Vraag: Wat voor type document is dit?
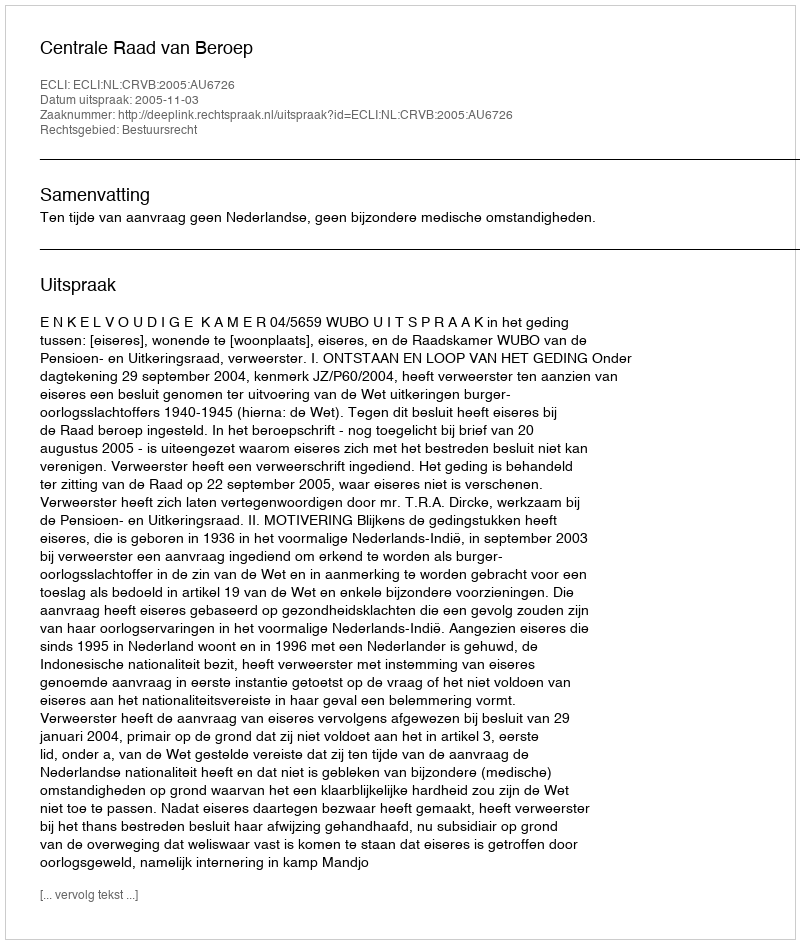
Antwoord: Uitspraak